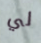
لي